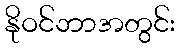
နိုဝင်ဘာအတွင်း